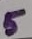
Text: 5